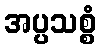
အပ္ပသစ္စံ